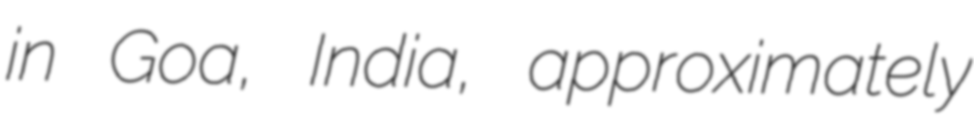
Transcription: in Goa, India, approximately